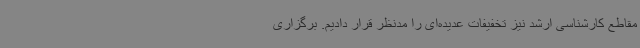
مقاطع کارشناسی ارشد نیز تخفیفات عدیده‌ای را مدنظر قرار دادیم. برگزاری